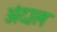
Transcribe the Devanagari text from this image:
अंदाल